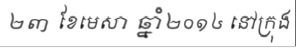
២៣ ខែមេសា ឆ្នាំ២០១៤ នៅក្រុង